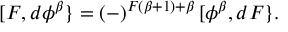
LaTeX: [ F , d \phi ^ { \beta } \} = ( - ) ^ { F ( \beta + 1 ) + \beta } \, [ \phi ^ { \beta } , d F \} .